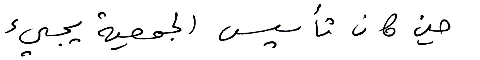
حين كان تأسيس الجمعية يجيء